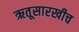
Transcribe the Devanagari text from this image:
ऋतूसारखीच